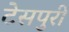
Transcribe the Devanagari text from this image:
टेसपुरी